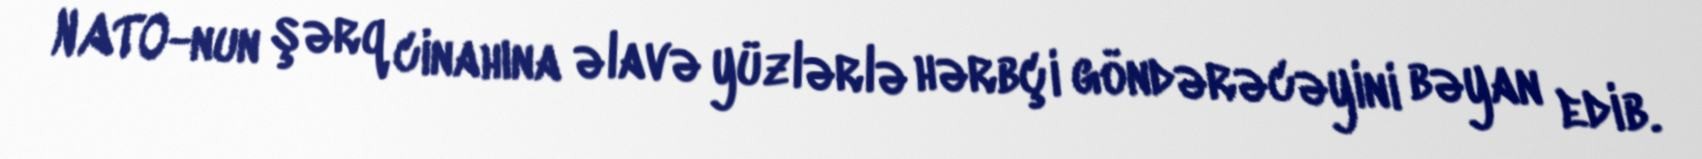
NATO-nun şərq cinahına əlavə yüzlərlə hərbçi göndərəcəyini bəyan edib.